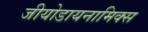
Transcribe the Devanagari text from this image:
जीयोडायनामिक्‍स